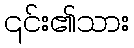
၎င်း၏သား